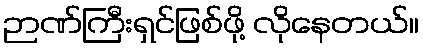
ဉာဏ်ကြီးရှင်ဖြစ်ဖို့ လိုနေတယ်။